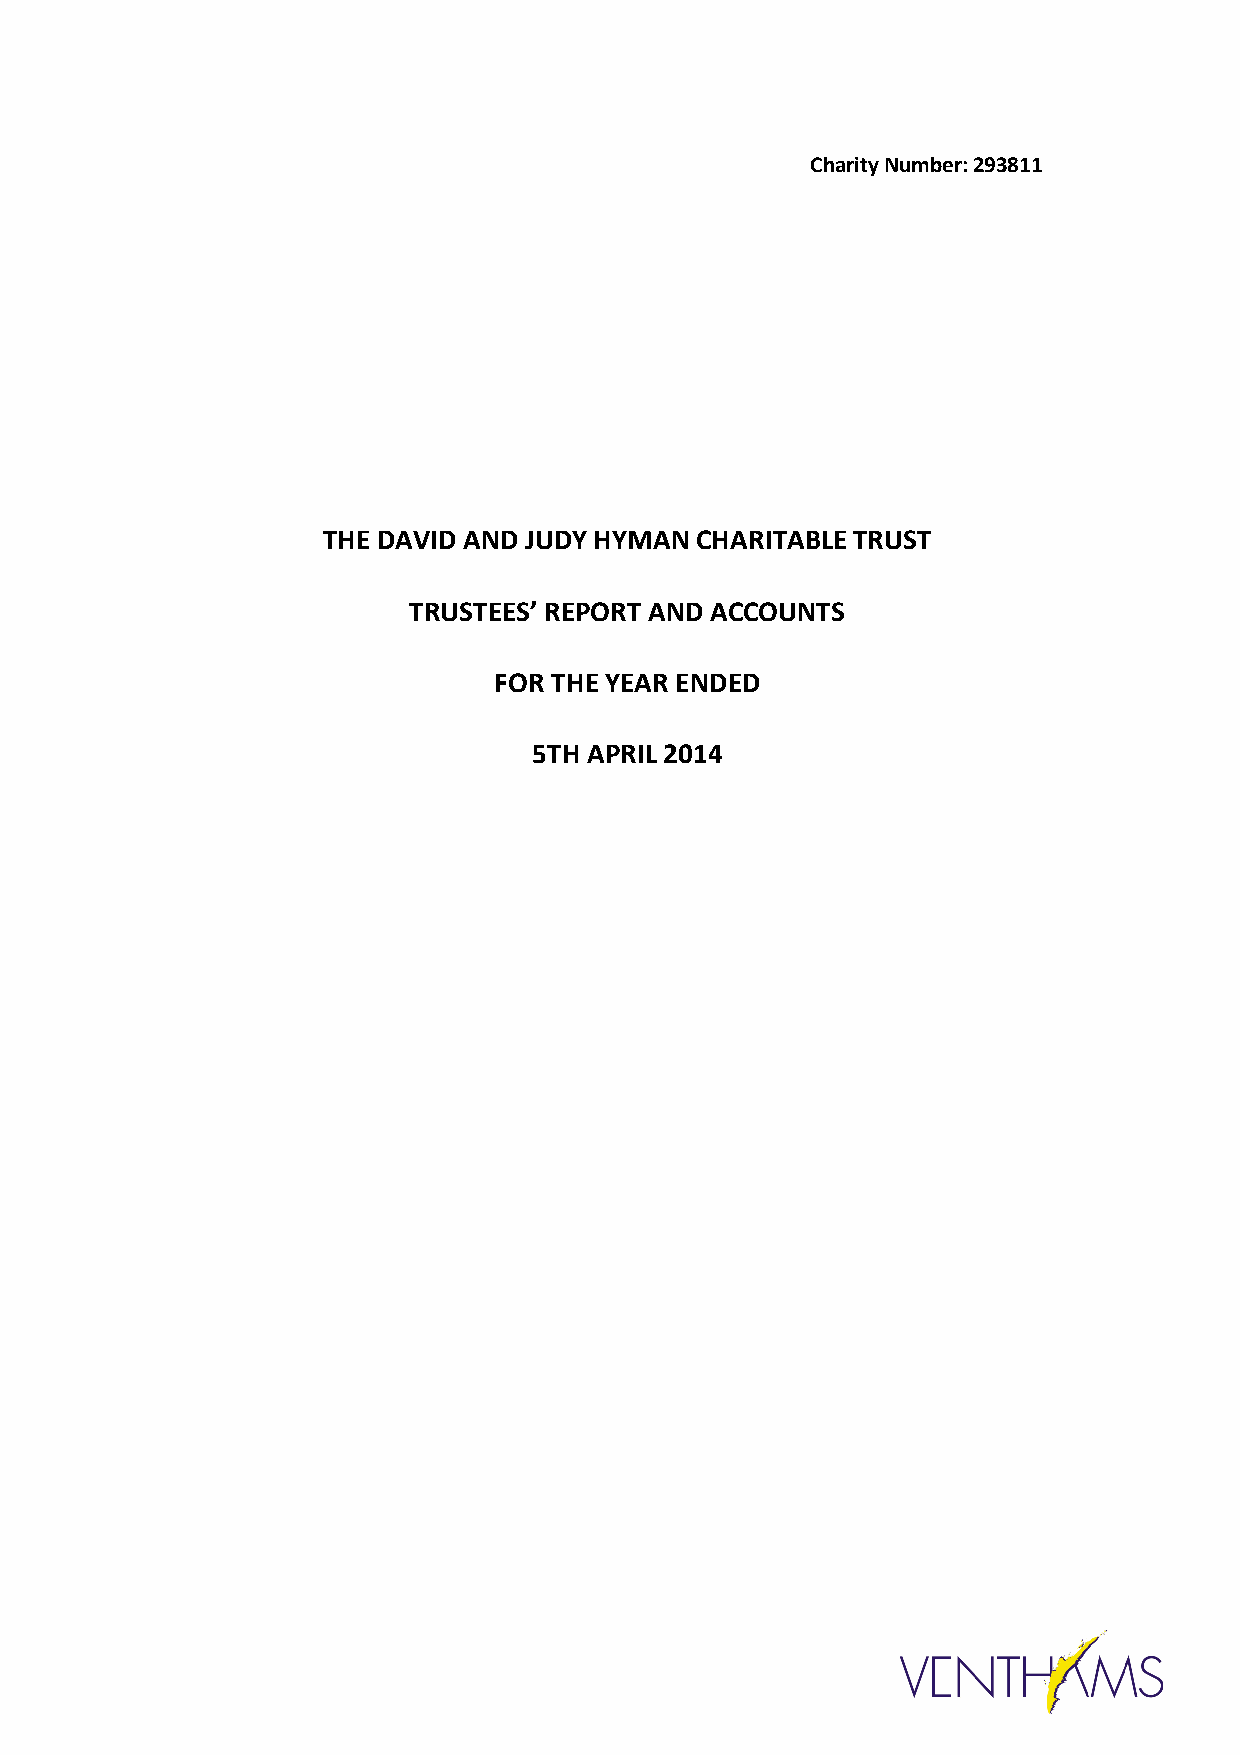
Charity Number: 293811
 THE DAVID AND JUDY HYMAN CHARITABLE TRUST
 TRUSTEES’ REPORT AND ACCOUNTS
 FOR THE YEAR ENDED
 5TH APRIL 2014